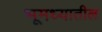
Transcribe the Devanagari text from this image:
भूमध्यातील